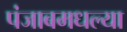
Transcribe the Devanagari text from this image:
पंजाबमधल्या